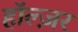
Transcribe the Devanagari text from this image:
हॉल्ज़र